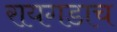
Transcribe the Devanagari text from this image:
रायगडाच